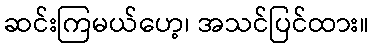
ဆင်းကြမယ်ဟေ့၊ အသင်ပြင်ထား။